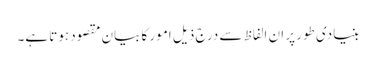
بنیادی طور پر ان الفاظ سے درج ذیل امور کا بیان مقصود ہوتا ہے۔